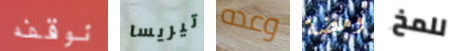
نوقفه تيريسا وعده ومضة للمخ